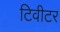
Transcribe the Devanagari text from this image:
टिवीटर